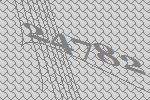
24782